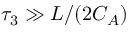
\tau _ { 3 } \gg L / ( 2 C _ { A } )